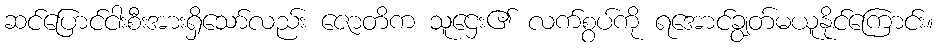
ဆင်ပြောင်ငါးစီးအားရှိသော်လည်း ဇောတိက သူဌေး၏ လက်စွပ်ကို ရအောင်ချွတ်မယူနိုင်ကြောင်း။